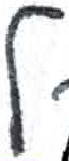
אות: ל